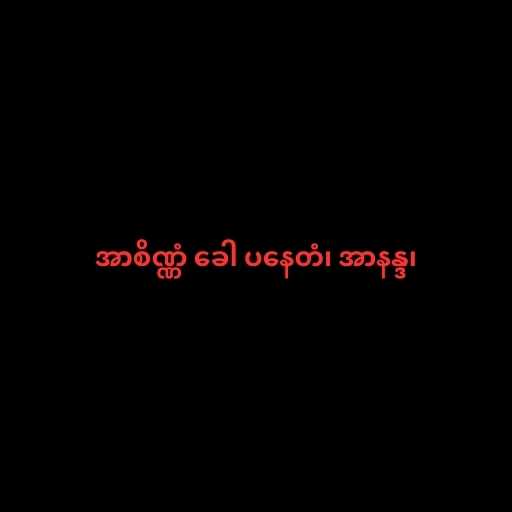
အာစိဏ္ဏံ ခေါ ပနေတံ၊ အာနန္ဒ၊